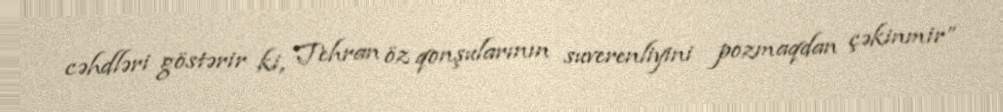
cəhdləri göstərir ki, Tehran öz qonşularının suverenliyini pozmaqdan çəkinmir”